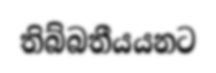
තිබ්බතීයයනට